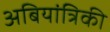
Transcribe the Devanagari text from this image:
अबियांत्रिकी